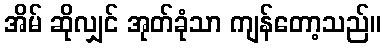
အိမ် ဆိုလျှင် အုတ်ခုံသာ ကျန်တော့သည်။